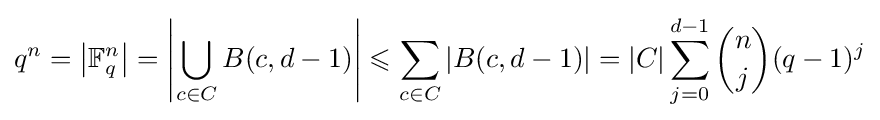
q^{n}=\left|\mathbb {F} _{q}^{n}\right|=\left|\bigcup _{c\in C}B(c,d-1)\right|\leqslant \sum _{c\in C}|B(c,d-1)|=|C|\sum _{j=0}^{d-1}{\binom {n}{j}}(q-1)^{j}